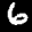
Label: 6